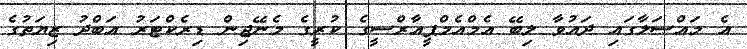
އެ މައްސަލާގައި ދައުވާ ލިބޭ އެމްއެމްޕީއާރްސީގެ ކުރީގެ މެނޭޖިން ޑިރެކްޓަރު އަބްދު ޒިޔަތުގެ